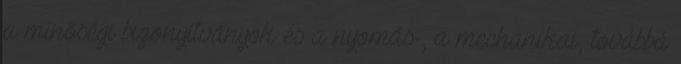
a minõségi bizonyítványok és a nyomás-, a mechanikai, továbbá